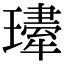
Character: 𤪆